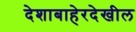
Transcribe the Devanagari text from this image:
देशाबाहेरदेखील